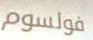
فولسوم